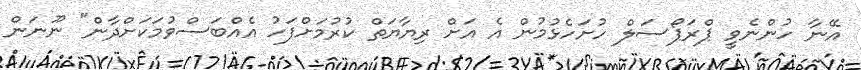
އޭނާ ހުންނެވީ ޕްރަޕޯސަލް ހުށަހެޅުމުން އެ އަށް ރިޔާޔަތް ކުރުމަށްފަހު އެއްބަސްވުމަކަށްދާން" ނޫނަން